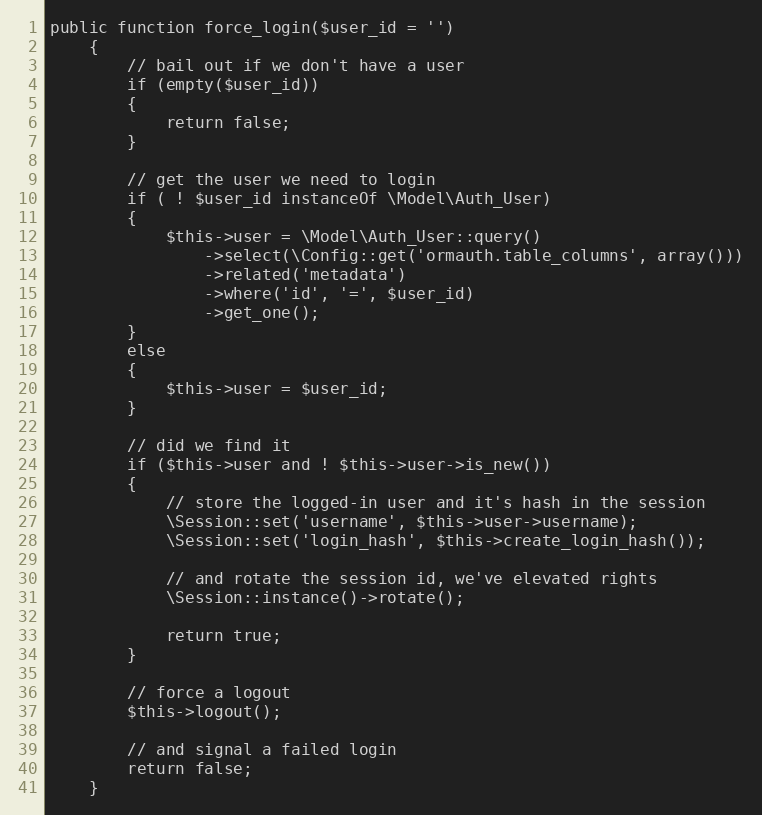
Language: PHP
public function force_login($user_id = '')
	{
		// bail out if we don't have a user
		if (empty($user_id))
		{
			return false;
		}

		// get the user we need to login
		if ( ! $user_id instanceOf \Model\Auth_User)
		{
			$this->user = \Model\Auth_User::query()
				->select(\Config::get('ormauth.table_columns', array()))
				->related('metadata')
				->where('id', '=', $user_id)
				->get_one();
		}
		else
		{
			$this->user = $user_id;
		}

		// did we find it
		if ($this->user and ! $this->user->is_new())
		{
			// store the logged-in user and it's hash in the session
			\Session::set('username', $this->user->username);
			\Session::set('login_hash', $this->create_login_hash());

			// and rotate the session id, we've elevated rights
			\Session::instance()->rotate();

			return true;
		}

		// force a logout
		$this->logout();

		// and signal a failed login
		return false;
	}